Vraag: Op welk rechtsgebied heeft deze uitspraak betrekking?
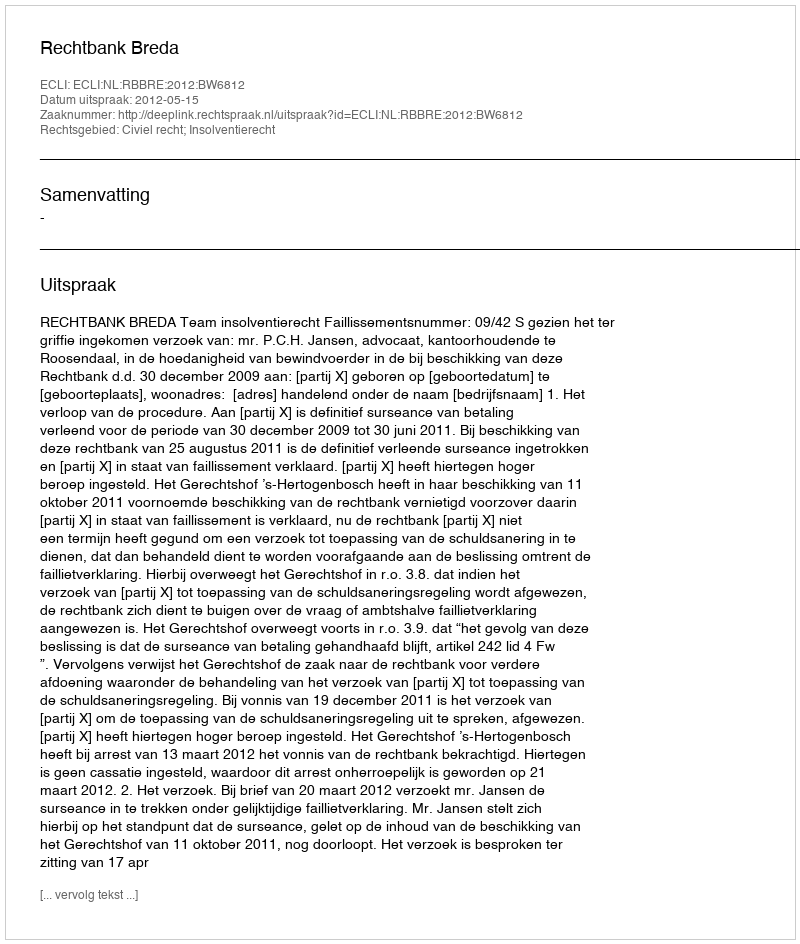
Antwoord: Civiel recht; Insolventierecht